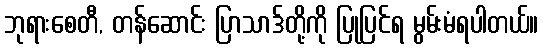
ဘုရားစေတီ, တန်ဆောင်း ပြာသာဒ်တို့ကို ပြုပြင်ရ မွမ်းမံရပါတယ်။